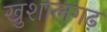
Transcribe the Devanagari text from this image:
खुशालगढ़